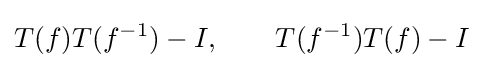
{T(f)T(f^{-1})-I,\qquad T(f^{-1})T(f)-I}